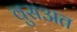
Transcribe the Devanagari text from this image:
वुसअत